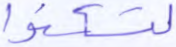
لتسكنوا